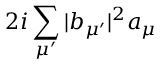
2 i \sum _ { \mu ^ { \prime } } | b _ { \mu ^ { \prime } } | ^ { 2 } a _ { \mu }